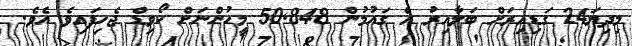
މިދިޔަ24 ގަޑިއިރަށް ބަލާއިރު އެ ގައުމުން 50